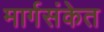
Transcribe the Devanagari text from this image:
मार्गसंकेत